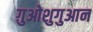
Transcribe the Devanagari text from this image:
ग़ुओशुगुआन